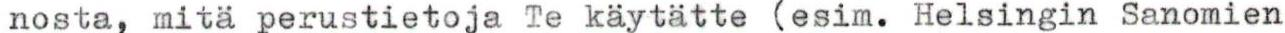
nosta, mitä perustietoja Te käytätte (esim. Helsingin Sanomien